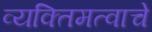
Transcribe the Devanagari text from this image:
व्यक्तिमत्वाचे